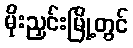
မိုးညှင်းမြို့တွင်